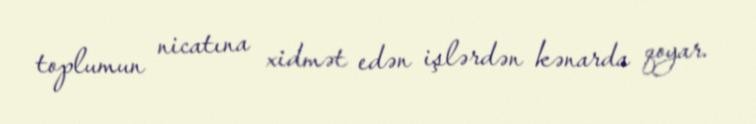
toplumun nicatına xidmət edən işlərdən kənarda qoyar.